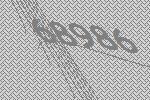
68986